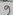
Text: 9